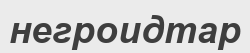
негроидтар